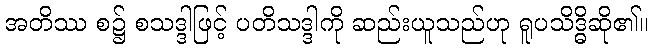
အတိဿ စ၌ စသဒ္ဒါဖြင့် ပတိသဒ္ဒါကို ဆည်းယူသည်ဟု ရူပသိဒ္ဓိဆို၏။